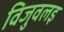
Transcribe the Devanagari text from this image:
विजुवलइ